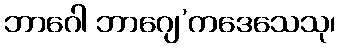
ဘာဂေါ ဘာဂျေ’ကဒေသေသု၊